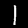
Digit: 1